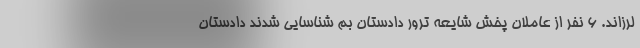
لرزاند. ۶ نفر از عاملان پخش شایعه ترور دادستان بم شناسایی شدند دادستان